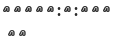
٣٧